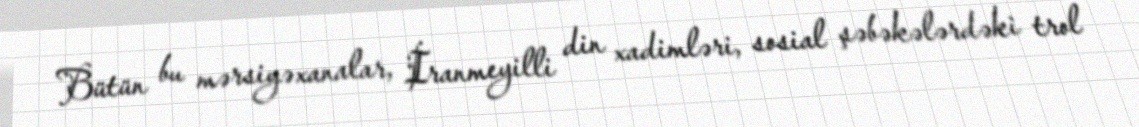
Bütün bu mərsiyəxanalar, İranmeyilli din xadimləri, sosial şəbəkələrdəki trol